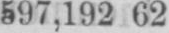
597,192 62